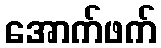
အောက်ဖက်